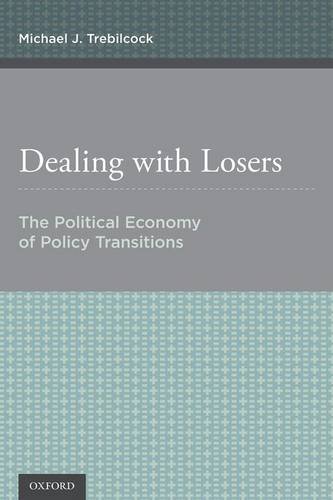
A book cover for Dealing with Losers: The Political Economy of Policy Transitions; Michael J. Trebilcock; Law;